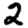
Digit: 2